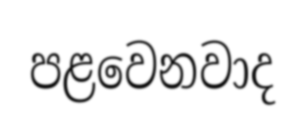
පළවෙනවාද